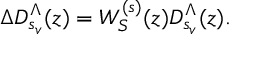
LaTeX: \Delta D _ { s _ { v } } ^ { \Lambda } ( z ) = W _ { S } ^ { ( s ) } ( z ) D _ { s _ { v } } ^ { \Lambda } ( z ) .